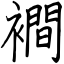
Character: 襇